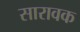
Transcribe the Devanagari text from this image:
सारावक